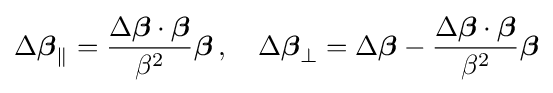
\Delta {\boldsymbol {\beta }}_{\parallel }={\frac {\Delta {\boldsymbol {\beta }}\cdot {\boldsymbol {\beta }}}{\beta ^{2}}}{\boldsymbol {\beta }}\,,\quad \Delta {\boldsymbol {\beta }}_{\perp }=\Delta {\boldsymbol {\beta }}-{\frac {\Delta {\boldsymbol {\beta }}\cdot {\boldsymbol {\beta }}}{\beta ^{2}}}{\boldsymbol {\beta }}